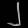
Digit: ၂